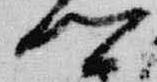
卿